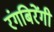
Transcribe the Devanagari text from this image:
रंगबिरेंगी